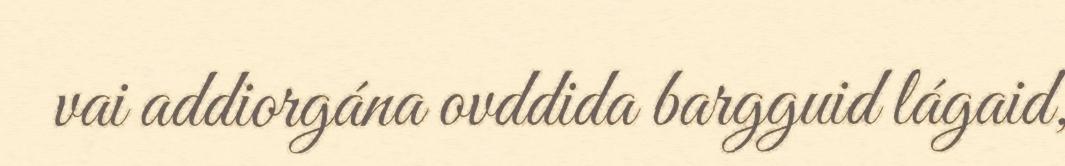
vai addiorgána ovddida bargguid lágaid,